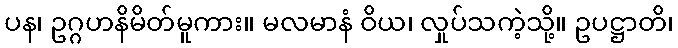
ပန၊ ဥဂ္ဂဟနိမိတ်မူကား။ မလမာနံ ဝိယ၊ လှုပ်သကဲ့သို့။ ဥပဋ္ဌာတိ၊